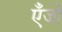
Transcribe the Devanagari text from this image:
एँजो